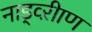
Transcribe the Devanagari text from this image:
नाड्व्ऱीाण